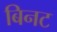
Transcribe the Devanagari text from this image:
बिनट